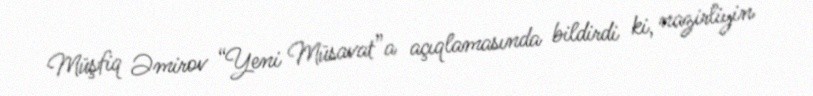
Müşfiq Əmirov “Yeni Müsavat”a açıqlamasında bildirdi ki, nazirliyin